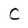
Character: C